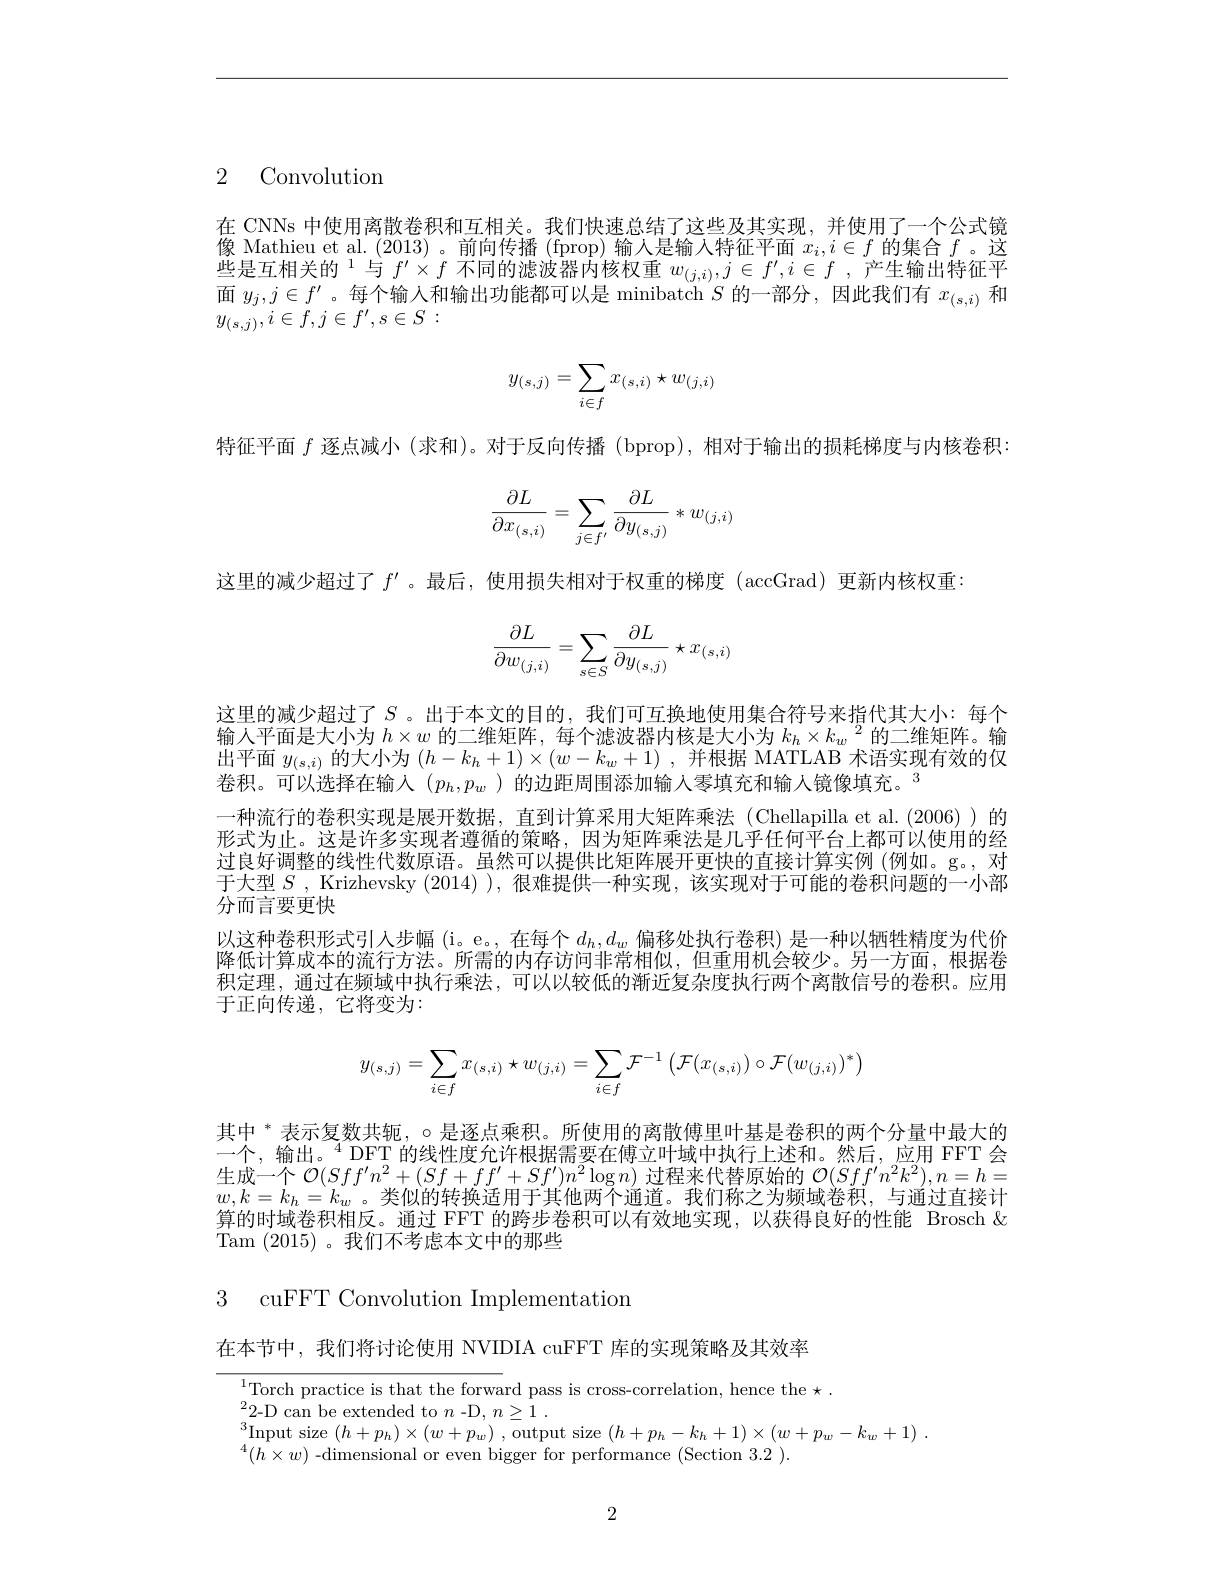
2 Convolution

在 CNNs 中使用离散卷积和互相关。我们快速总结了这些及其实现，并使用了一个公式镜像 Mathieu et al. (2013)。前向传播 (fprop) 输入是输入特征平面$x_i,i\in f$的集合$f$ 。这些是互相关的$^1$与 $f^\prime\times f$ 不同的滤波器内核权重 $w_{(j,i)},j\in f^{\prime},i\in f$ ,产生输出特征平面$y_j,j\in f^{\prime}$。每个输入和输出功能都可以是 minibatch $S$的一部分，因此我们有$x_(s,i)$和$y_{(s,j)},i\in f,j\in f^{\prime},s\in S:$
$$\begin{aligned}y_{(s,j)}=\sum_{i\in f}x_{(s,i)}\star w_{(j,i)}\end{aligned}$$
特征平面$f$逐点减小 (求和)。对于反向传播 (bprop),相对于输出的损耗梯度与内核卷积：
$$\begin{aligned}\frac{\partial L}{\partial x_{(s,i)}}=\sum_{j\in f'}\frac{\partial L}{\partial y_{(s,j)}}*w_{(j,i)}\end{aligned}$$
这里的减少超过了$f^{\prime}$ 。最后，使用损失相对于权重的梯度$(\arccos$Grad)更新内核权重：
$$\begin{aligned}\frac{\partial L}{\partial w_{(j,i)}}=\sum_{s\in S}\frac{\partial L}{\partial y_{(s,j)}}\star x_{(s,i)}\end{aligned}$$
一种流行的卷积实现是展开数据，直到计算采用大矩阵乘法(Chellapilla et al.(2006))的形式为止。这是许多实现者遵循的策略，因为矩阵乘法是几乎任何平台上都可以使用的经

这里的减少超过了$S$。出于本文的目的，我们可互换地使用集合符号来指代其大小：每个输入平面是大小为$h\times w$的二维矩阵，每个滤波器内核是大小为$k_h\times k_w^2$的二维矩阵。输出平面$y_{(s,i)}$的大小为$(h-k_h+1)\times(w-k_w+1)$ ,并根据 MATLAB 术语实现有效的仅卷积。可以选择在输入$(p_h,p_w$ )的边距周围添加输入零填充和输人镜像填充。$^{3}$
过良好调整的线性代数原语。虽然可以提供比矩阵展开更快的直接计算实例(例如。g。,对于大型$S$ , Krizhevsky (2014) ), 很难提供一种实现，该实现对于可能的卷积问题的一小部分而言要更快
以这种卷积形式引人步幅(i$。e。, 在 每 个 [ LBOS] d_h, d_w$偏移处执行卷积) 是一种以牺牲精度为代价$ 降低计算成本的流行方法。所需的内存访问非常相似，但重用机会较少。另一方面，根据卷积定理，通过在频域中执行乘法，可以以较低的渐近复杂度执行两个离散信号的卷积。应用于正向传递，它将变为：
$$\begin{aligned}y_{(s,j)}=\sum_{i\in f}x_{(s,i)}\star w_{(j,i)}=\sum_{i\in f}\mathcal{F}^{-1}\left(\mathcal{F}(x_{(s,i)})\circ\mathcal{F}(w_{(j,i)})^*\right)\end{aligned}$$
其中 $^*$ 表示复数共轭，$\circ$是逐点乘积。所使用的离散傅里叶基是卷积的两个分量中最大的一个，输出。$^{4}$DFT 的线性度允许根据需要在傅立叶域中执行上述和。然后，应用 FFT 会生成一个$\mathcal{O}(Sff^{\prime}n^{2}+(Sf+ff^{\prime}+Sf^{\prime})n^{2}\log n)$过程来代替原始的$\mathcal{O}(Sff^{\prime}n^{2}k^{2}),n=h=$ $w,k=k_h=k_w$。类似的转换适用于其他两个通道。我们称之为频域卷积，与通过直接计算的时域卷积相反。通过 FFT 的跨步卷积可以有效地实现，以获得良好的性能 Brosch & Tam (2015) 。我们不考虑本文中的那些

# 3 cuFFT Convolution Implementation

在本节中，我们将讨论使用 NVIDIA cuFFT 库的实现策略及其效率

Torch practice is that the forward pass is cross-correlation, hence the $\star$
${}^{2}$2-D can be extended to $n$ -D$, n\geq 1$ .
Input size $( h+ p_{h}) \times ( w+ p_{w})$ ,output size $(h+p_{h}-k_{h}+1)\times(w+p_{w}-k_{w}+1)$
$^{4}(h\times w)$ -dimensional or even bigger for performance (Section 3.2).

2